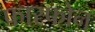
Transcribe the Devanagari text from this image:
फास्फोन